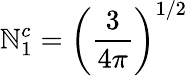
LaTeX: \mathbb{N}_{1}^{c}=\left({\frac{{3}}{{4\pi}}}\right)^{1/2}